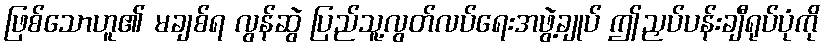
ဖြစ်သောဟူ၏ မချစ်ရ လွန်ဆွဲ ပြည်သူ့လွတ်လပ်ရေးအဖွဲ့ချုပ် ဤညှပ်ပန်းချီရုပ်ပုံကို